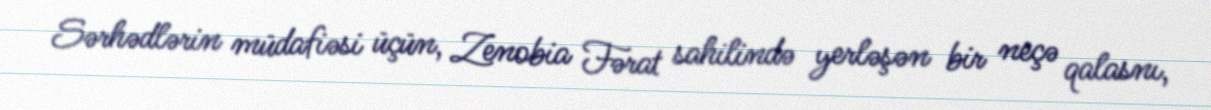
Sərhədlərin müdafiəsi üçün, Zenobia Fərat sahilində yerləşən bir neçə qalasnı,